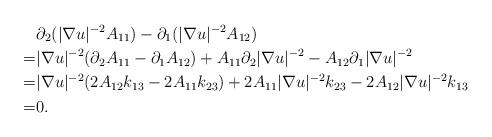
LaTeX: \begin{align*} &\partial_2(|\nabla u|^{-2} A_{11})-\partial_1(|\nabla u|^{-2} A_{12}) \\=&|\nabla u|^{-2}(\partial_2 A_{11}-\partial_1 A_{12})+A_{11}\partial_2|\nabla u|^{-2}-A_{12}\partial_1 |\nabla u|^{-2} \\=&|\nabla u|^{-2}(2A_{12}k_{13}-2A_{11}k_{23})+2A_{11}|\nabla u|^{-2}k_{23}-2A_{12}|\nabla u|^{-2}k_{13} \\=&0.\end{align*}